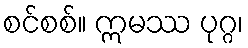
စင်စစ်။ ဣမဿ ပုဂ္ဂ၊